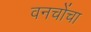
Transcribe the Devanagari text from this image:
वनचोंचा